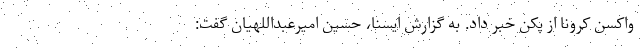
واکسن کرونا از پکن خبر داد. به گزارش ایسنا، حسین امیرعبداللهیان گفت: